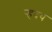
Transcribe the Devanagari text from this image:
र्‍हदय